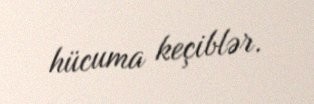
hücuma keçiblər.